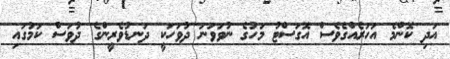
އަދި ކޮންމެ އަހަރެއްގެވެސް އޮގަސްޓު މަހުގެ ނުވަވަނަ ދުވަހަކީ ދަނޑުވެރީންގެ ދުވަސް ކަމުގައި